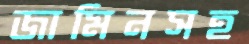
জামিনসহ